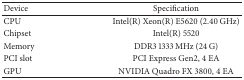
<table><thead><tr><td><b>Device</b></td><td><b>Specification</b></td></tr></thead><tbody><tr><td>CPU</td><td>Intel(R) Xeon(R) E5620 (2.40 GHz)</td></tr><tr><td>Chipset</td><td>Intel(R) 5520</td></tr><tr><td>Memory</td><td>DDR3 1333 MHz (24 G)</td></tr><tr><td>PCI slot</td><td>PCI Express Gen2, 4 EA</td></tr><tr><td>GPU</td><td>NVIDIA Quadro FX 3800, 4 EA</td></tr></tbody></table>